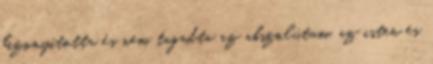
bizonyította és nem tagadta az abszolútum, az isten és